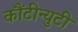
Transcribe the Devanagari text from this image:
कौंटीन्युटी